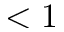
< 1